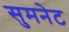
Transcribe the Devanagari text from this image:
सुमनेट